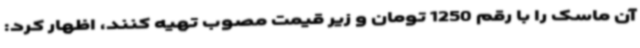
آن ماسک را با رقم 1250 تومان و زیر قیمت مصوب تهیه کنند، اظهار کرد: